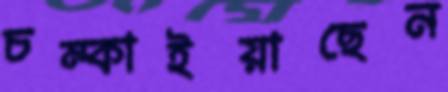
চম্‌কাইয়াছেন